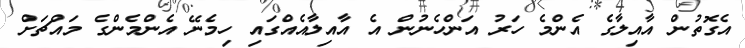
އެގޮތުން އާއިލާގެ އެންމެ ހަރު އަންހެނުން އެ އާއިލާއެއްގައި ހިމެނޭ އެންމެންގެ މައްޗަށް